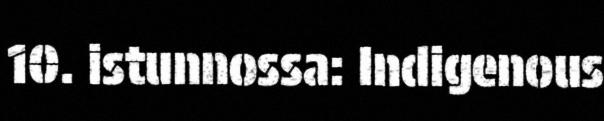
10. istunnossa: Indigenous